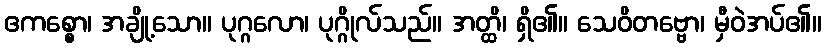
ဧကစ္စော၊ အချို့သော။ ပုဂ္ဂလော၊ ပုဂ္ဂိုလ်သည်။ အတ္ထိ၊ ရှိ၏။ သေဝိတဗ္ဗော၊ မှီဝဲအပ်၏။